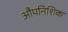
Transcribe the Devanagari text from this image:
औपनिशिक